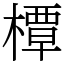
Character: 橝